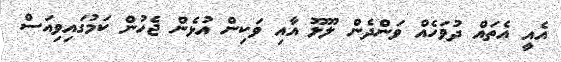
އެއީ އެތައް ދުވަހެއް ވަންދެން ލޫލޫ އާއި ވަކިން އުޅެން ޖެހުން ކަމުގައިވިއަސް